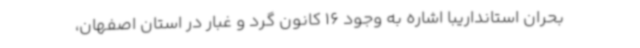
بحران استانداریبا اشاره به وجود 16 کانون گرد و غبار در استان اصفهان،